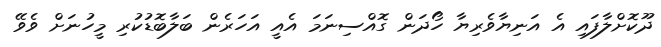
ދޫކޮށްލާފައި އެ އަނިޔާވެރިޔާ ހޯދަން ގޮއްސިނަމަ އެއީ އަހަރެން ބަލާބޮޑުކުރި މީހުނަށް ވެވޭ